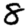
Digit: 8